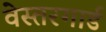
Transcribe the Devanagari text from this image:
वेस्तरगार्ड